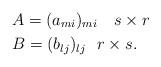
LaTeX: \begin{align*}&A=(a_{mi})_{mi}\ \ \ s\times r\\&B=(b_{lj})_{lj}\ \ r\times s.\end{align*}